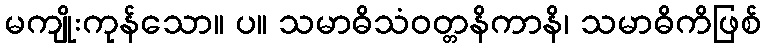
မကျိုးကုန်သော။ ပ။ သမာဓိသံဝတ္တနိကာနိ၊ သမာဓိကိဖြစ်